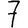
Digit: 7